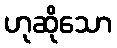
ဟုဆိုသော